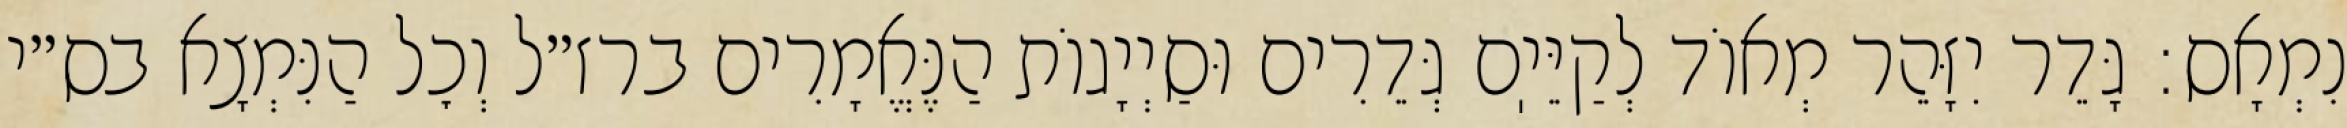
נִמְאָס: גָּדֵר יִזָּהֵר מְאוֹד לְקַיֵּיֽם גְּדֵרִים וּסַיְיָגוֹת הַנֶּאֱמָרִים ברז״ל וְכׇל הַנִּמְצָא בס״י